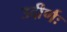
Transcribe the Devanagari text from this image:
उदीर्णः